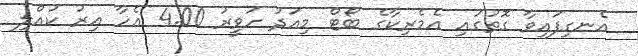
އެނގިފައިވާ ގޮތުގައި އެމެރިކާގެ ބޯޓް މިއަދު ހަވީރު 4.00 އެހާ އިރު ކުއްލި